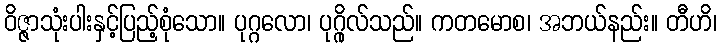
ဝိဇ္ဇာသုံးပါးနှင့်ပြည့်စုံသော။ ပုဂ္ဂလော၊ ပုဂ္ဂိုလ်သည်။ ကတမောစ၊ အဘယ်နည်း။ တီဟိ၊